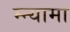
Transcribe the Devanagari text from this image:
म्न्यामा